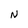
Character: d